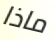
ماذا